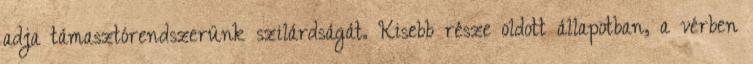
adja támasztórendszerünk szilárdságát. Kisebb része oldott állapotban, a vérben